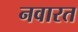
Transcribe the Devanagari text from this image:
नवारत